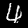
Label: 4